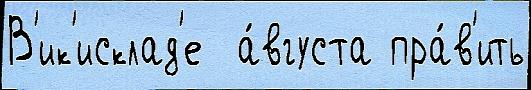
В'ик'исклад'е  а́вгуста пра́в'ить